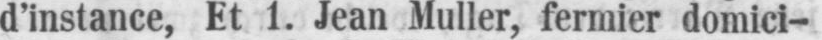
d’instance, Et 1. Jean Muller, fermier domici-